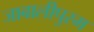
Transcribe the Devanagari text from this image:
जाबालीपुरम